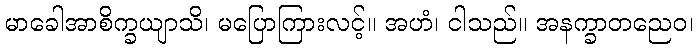
မာခေါအာစိက္ခယျာသိ၊ မပြောကြားလင့်။ အဟံ၊ ငါသည်။ အနက္ခာတညေဝ၊